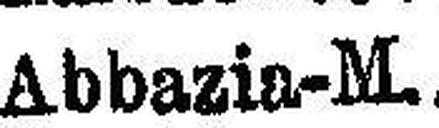
Abbazia-M